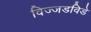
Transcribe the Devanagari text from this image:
विज्जडविडे